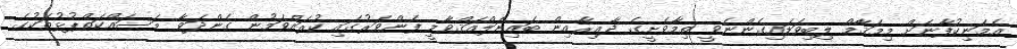
އެމަނިކުފާނަށް މިމަޤާމް ލިބިވަޑައިގެންނެވީ ތިމާވެށީގެ ދާއިރާއިން ބައިނަލްއަޤްވާމީ ފެންވަރުގައި ކުރައްވަމުން ގެންދަވާ މަސައްކަތްޕުޅުތަކުގެ